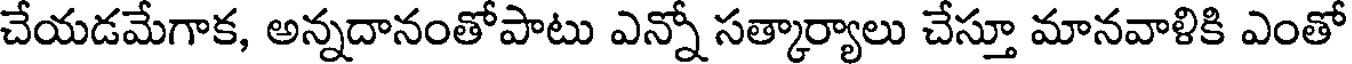
చేయడమేగాక, అన్నదానంతోపాటు ఎన్నో సత్కార్యాలు చేస్తూ మానవాళికి ఎంతో